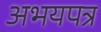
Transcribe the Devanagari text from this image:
अभयपत्र